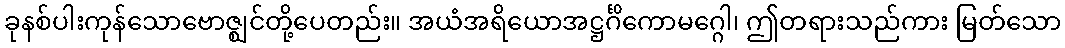
ခုနစ်ပါးကုန်သောဗောဇ္ဈင်တို့ပေတည်း။ အယံအရိယောအဋ္ဌင်္ဂိကောမဂ္ဂေါ၊ ဤတရားသည်ကား မြတ်သော